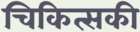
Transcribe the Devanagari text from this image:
चिकित्सकी